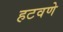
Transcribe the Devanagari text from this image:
हटवणे